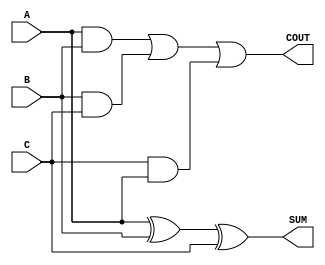
module fa(A,B,C,SUM,COUT);
input A,B,C;
output SUM,COUT;
assign SUM=A^B^C;
assign COUT=(A&B)|(B&C)|(C&A);
endmodule